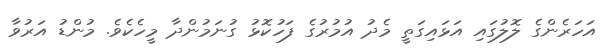
އަހަރެންގެ ލޮލުގައި އަޅައިގަތީ މެދު އުމުރުގެ ފަހުކޮޅު ގުނަމުންދާ މީހެކެވެ. މުންޑު އަރުވާ